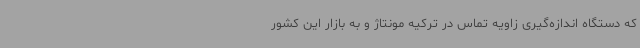
که دستگاه اندازه‌گیری زاویه تماس در ترکیه مونتاژ و به بازار این کشور